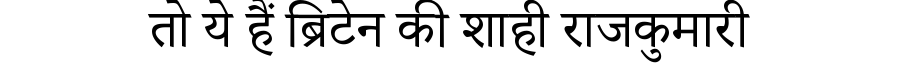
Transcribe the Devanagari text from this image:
तो ये हैं ब्रिटेन की शाही राजकुमारी